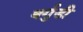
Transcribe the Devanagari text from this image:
बर्गुडी